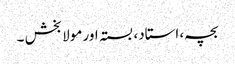
بچہ، استاد، بستہ اور مولا بخش ۔